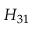
H _ { 3 1 }